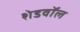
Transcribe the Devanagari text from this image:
शेडवॉल